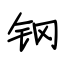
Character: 钢